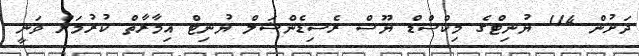
ދަށުން 114 ޔުނިޓްގެ މިކްސްޑް ޔޫސް ރެސިޑެންޝަލް ޔުނިޓް އިމާރާތް ކުރުމަށް ވަނީ